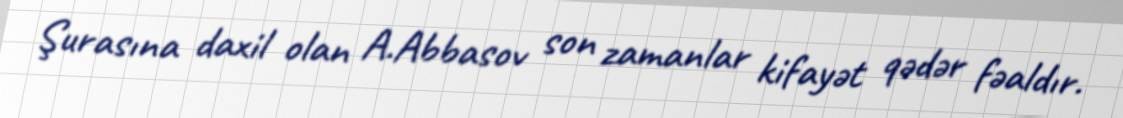
Şurasına daxil olan A.Abbasov son zamanlar kifayət qədər fəaldır.